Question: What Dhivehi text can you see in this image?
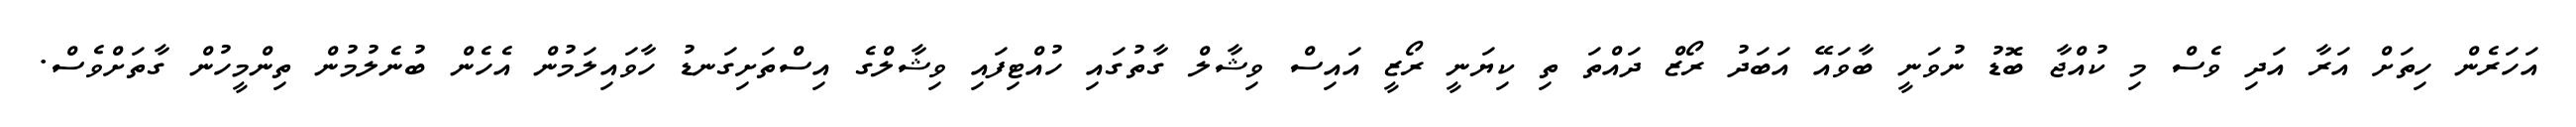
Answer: އަހަރެން ހިތަށް އަރާ އަދި ވެސް މި ކުއްޖާ ބޮޑު ނުވަނީ ބާވައޭ އަބަދު ރޯޒް ދައްތަ ތި ކިޔަނީ ރޯޒީ އައިސް ވިޝާލް ގާތުގައި ހުއްޓިފައި ވިޝާލްގެ އިސްތަށިގަނޑު ހާވައިލަމުން އެހެން ބުނެލުމުން ތިންމީހުން ގާތަށްވެސް.